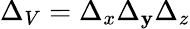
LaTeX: {\Delta_{V}=\Delta_{x}\Delta_{\mathbf{y}}\Delta_{z}}